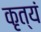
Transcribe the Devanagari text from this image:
कृत्यं